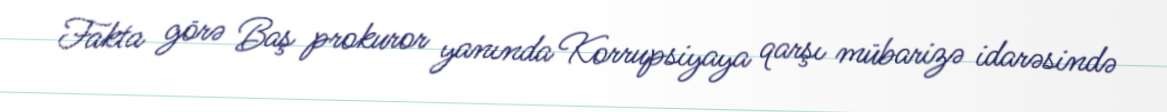
Fakta görə Baş prokuror yanında Korrupsiyaya qarşı mübarizə idarəsində